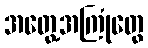
အတွေ့အကြုံတွေ